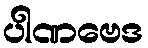
ပါဏဗေဒ